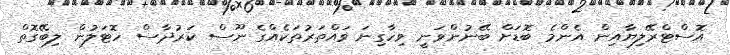
އޮސްޓްރޭލިޔާއިން އެންމެ ބޮޑަށް ބޭނުންވަނީ ވިހާގިނަ ވައްތަރުތަކެއްގެ ނޫސް ކަރުދާސް ހޮޓަލުން ލިބޭގޮތް